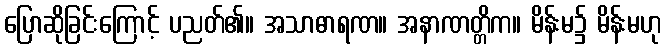
ပြောဆိုခြင်းကြောင့် ပညတ်၏။ အသာဓာရဏ။ အနာဏတ္တိက။ မိန်းမ၌ မိန်းမဟု